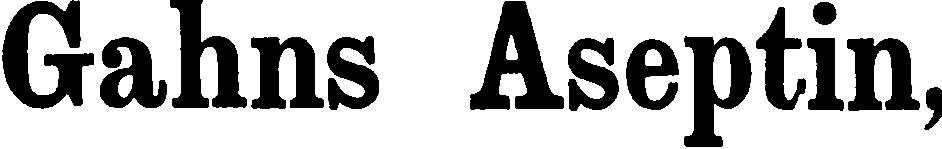
Gahns Aseptin,